Annual report on the working of the mental hospitals in the Madras Presidency - 1912-1932
Year: 1912
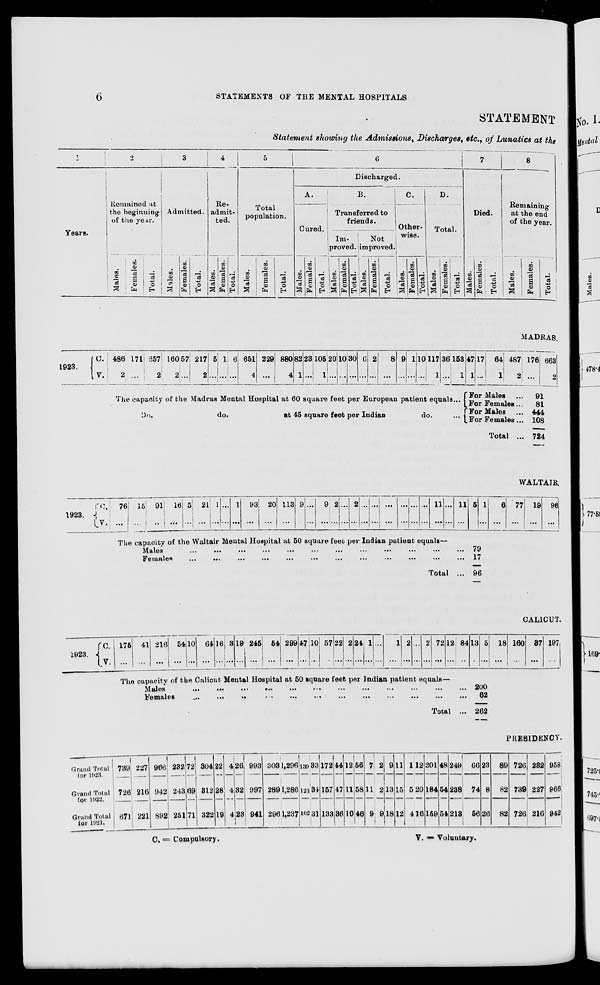
6
STATEMENTS OF THE MENTAL HOSPITALS
STATEMENT
Statement showing the Admissions, Discharges, etc., of Lunatics at the
1
Years.
2
Remained at
the beginning
of the year.
Males.
Females.
Total.
3
Admitted.
Males.
Females.
Total.
4
Re-
admit-
ted.
Males.
Females.
Total.
5
Total
population.
Males.
Females.
Total.
6
Discharged.
A.
Cured.
Males.
Females.
Total.
B.
Transferred to
friends.
Im-
proved.
Males.
Females.
Total.
Not
improved.
Males.
Females.
Total.
C.
Other-
wise.
Males.
Females.
Total.
D.
Total.
Males.
Females.
Total.
7
Died.
Males.
Females.
Total.
8
Remaining
at the end
of the year.
Males.
Females.
Total.
MADRAS.
1923.
C.
V.
486
2
171
...
657
2
160
2
57
...
217
2
5
...
1
...
6
...
651
4
229
...
880
4
82
1
23
...
105
1
20
...
10
...
30
...
6
...
2
...
8
...
9
...
1
...
10
...
117
1
36
...
153
1
The capacity of the Madras Mental Hospital at 60 square feet per European patient equals ...
47
1
17
...
64
1
487
2
For Males ...
For Females ...
For Males ...
For Females ...
Total ...
176
...
663
2
91
81
444
108
724
WALTAIR.
1923.
C.
V.
76
...
15
...
91
...
16
...
5
...
21
...
1
...
...
...
1
...
93
...
20
...
113
...
9
...
...
...
9
...
2
...
...
...
2
...
...
...
...
...
...
...
...
...
...
...
...
...
11
...
...
...
11
...
The capacity of the Waltair Mental Hospital at 50 square feet per Indian patient equals—
Males
...
...
...
...
...
...
...
...
...
Females
...
... ... ... ... ... ... ... ... ... ... ...
Total ...
5
...
1
...
6
...
77
...
19
...
96
...
79
17
96
CALICUT.
1923.
C.
V.
175
...
41
...
216
...
54
...
10
...
64
...
16
...
3
...
19
...
245
...
54
...
299
...
47
...
10
...
57
...
22
...
2
...
24
...
1
...
...
...
1
...
2
...
...
...
2
...
72
...
12
...
84
...
The capacity of the Calicut Mental Hospital at 50 square feet per Indian patient equals—
Males
...
...
...
...
...
...
...
...
...
...
...
...
Females
...
... ... ... ... ... ... ... ... ... ...
Total ...
13
...
5
...
18
...
160
...
37
...
197
...
200
62
262
PRESIDENCY.
Grand Total
for 1923.
Grand Total
for 1922.
Grand Total
for 1921.
739
726
671
227
216
221
966
942
892
232
243
251
72
69
71
304
312
322
22
28
19
4
4
4
26
32
23
993
997
941
303
289
296
1,296
1,286
1,237
139
123
102
33
34
31
172
157
133
44
47
36
12
11
10
56
58
46
7
11
9
2
2
9
9
13
18
11
15
12
1
5
4
12
20
16
201
184
159
48
54
54
249
238
213
66
74
56
23
8
26
89
82
82
726
739
726
232
227
216
958
966
942
C. = Compulsory.
V. = Voluntary.